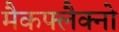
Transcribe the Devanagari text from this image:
मैकफ्लैक्नो